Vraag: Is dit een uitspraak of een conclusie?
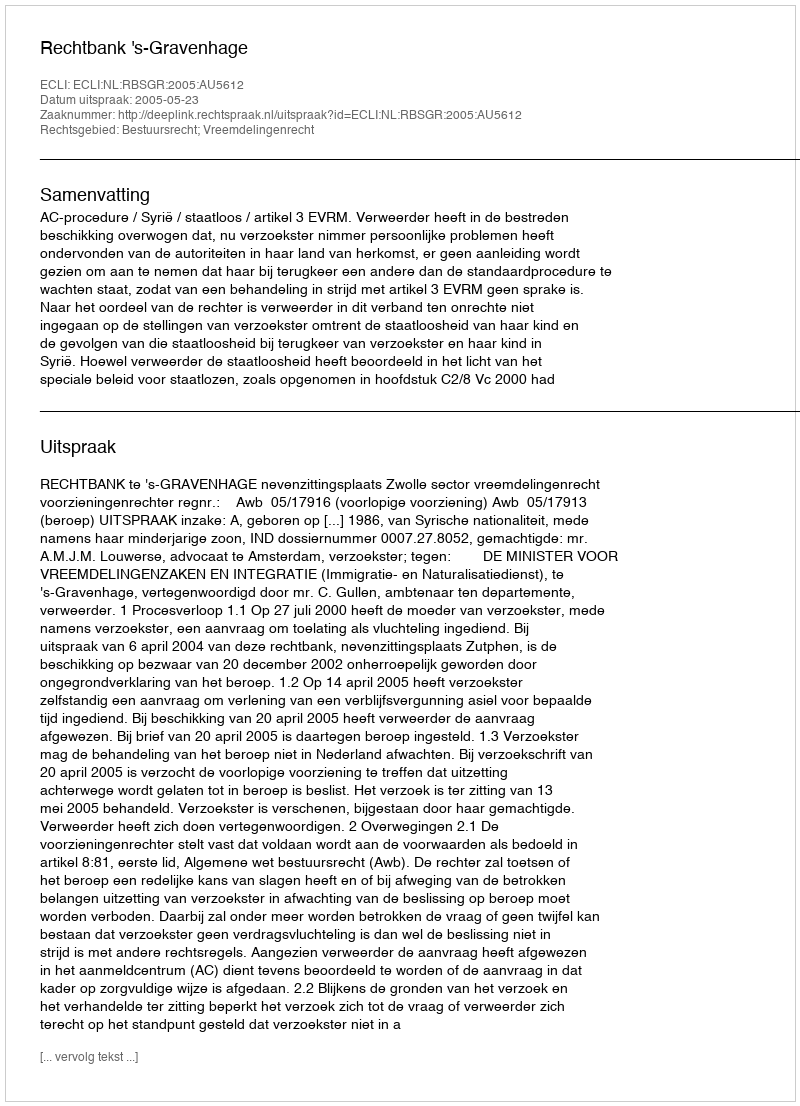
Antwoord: Uitspraak